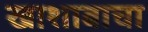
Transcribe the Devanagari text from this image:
खाशाबाचा